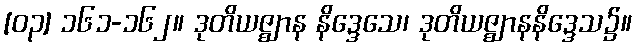
[၀၃] ၁၆၁-၁၆၂။ ဒုတိယဇ္ဈာန နိဒ္ဒေသေ၊ ဒုတိယဇ္ဈာနနိဒ္ဒေသ၌။